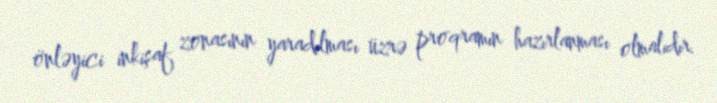
önləyici inkişaf zonasının yaradılması üzrə proqramın hazırlanması olmalıdır.